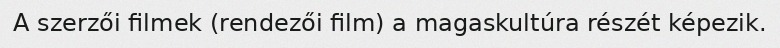
A szerzői filmek (rendezői film) a magaskultúra részét képezik.